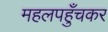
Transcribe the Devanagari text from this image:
महलपहुँचकर